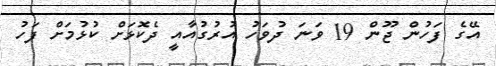
އޭގެ ފަހުން ޖޫން 19 ވަނަ ދުވަހު އުރުގުއާއީ ދެކޮޅަށް ކުޅުމަށް ފަހު